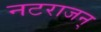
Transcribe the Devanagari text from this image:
नटराजन्‌